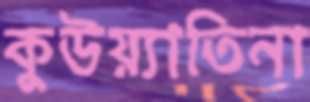
কুউয়্যাতিনা